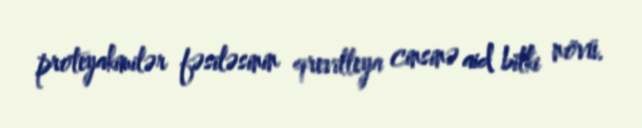
proteyakimilər fəsiləsinin qrevilleya cinsinə aid bitki növü.